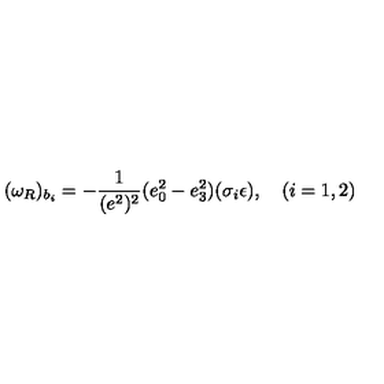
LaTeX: ( \omega _ { R } ) _ { b _ { i } } = - \frac 1 { ( e ^ { 2 } ) ^ { 2 } } ( e _ { 0 } ^ { 2 } - e _ { 3 } ^ { 2 } ) ( \sigma _ { i } \epsilon ) , \quad ( i = 1 , 2 )